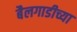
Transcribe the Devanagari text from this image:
बैलगाडीच्या